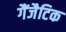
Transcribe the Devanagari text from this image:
गैंजैटिक